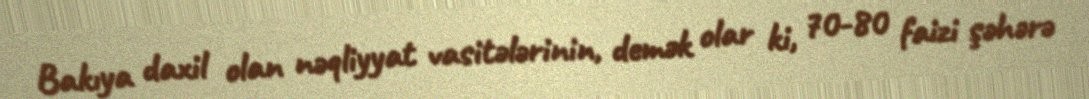
Bakıya daxil olan nəqliyyat vasitələrinin, demək olar ki, 70-80 faizi şəhərə